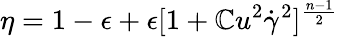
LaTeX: \eta=1-\epsilon+\epsilon[1+\mathbb{C}u^{2}\dot{{\gamma}}^{2}]^{\frac{{n-1}}{{2}}}